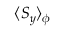
\langle S _ { y } \rangle _ { \phi }